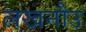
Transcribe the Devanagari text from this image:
लखनौउ